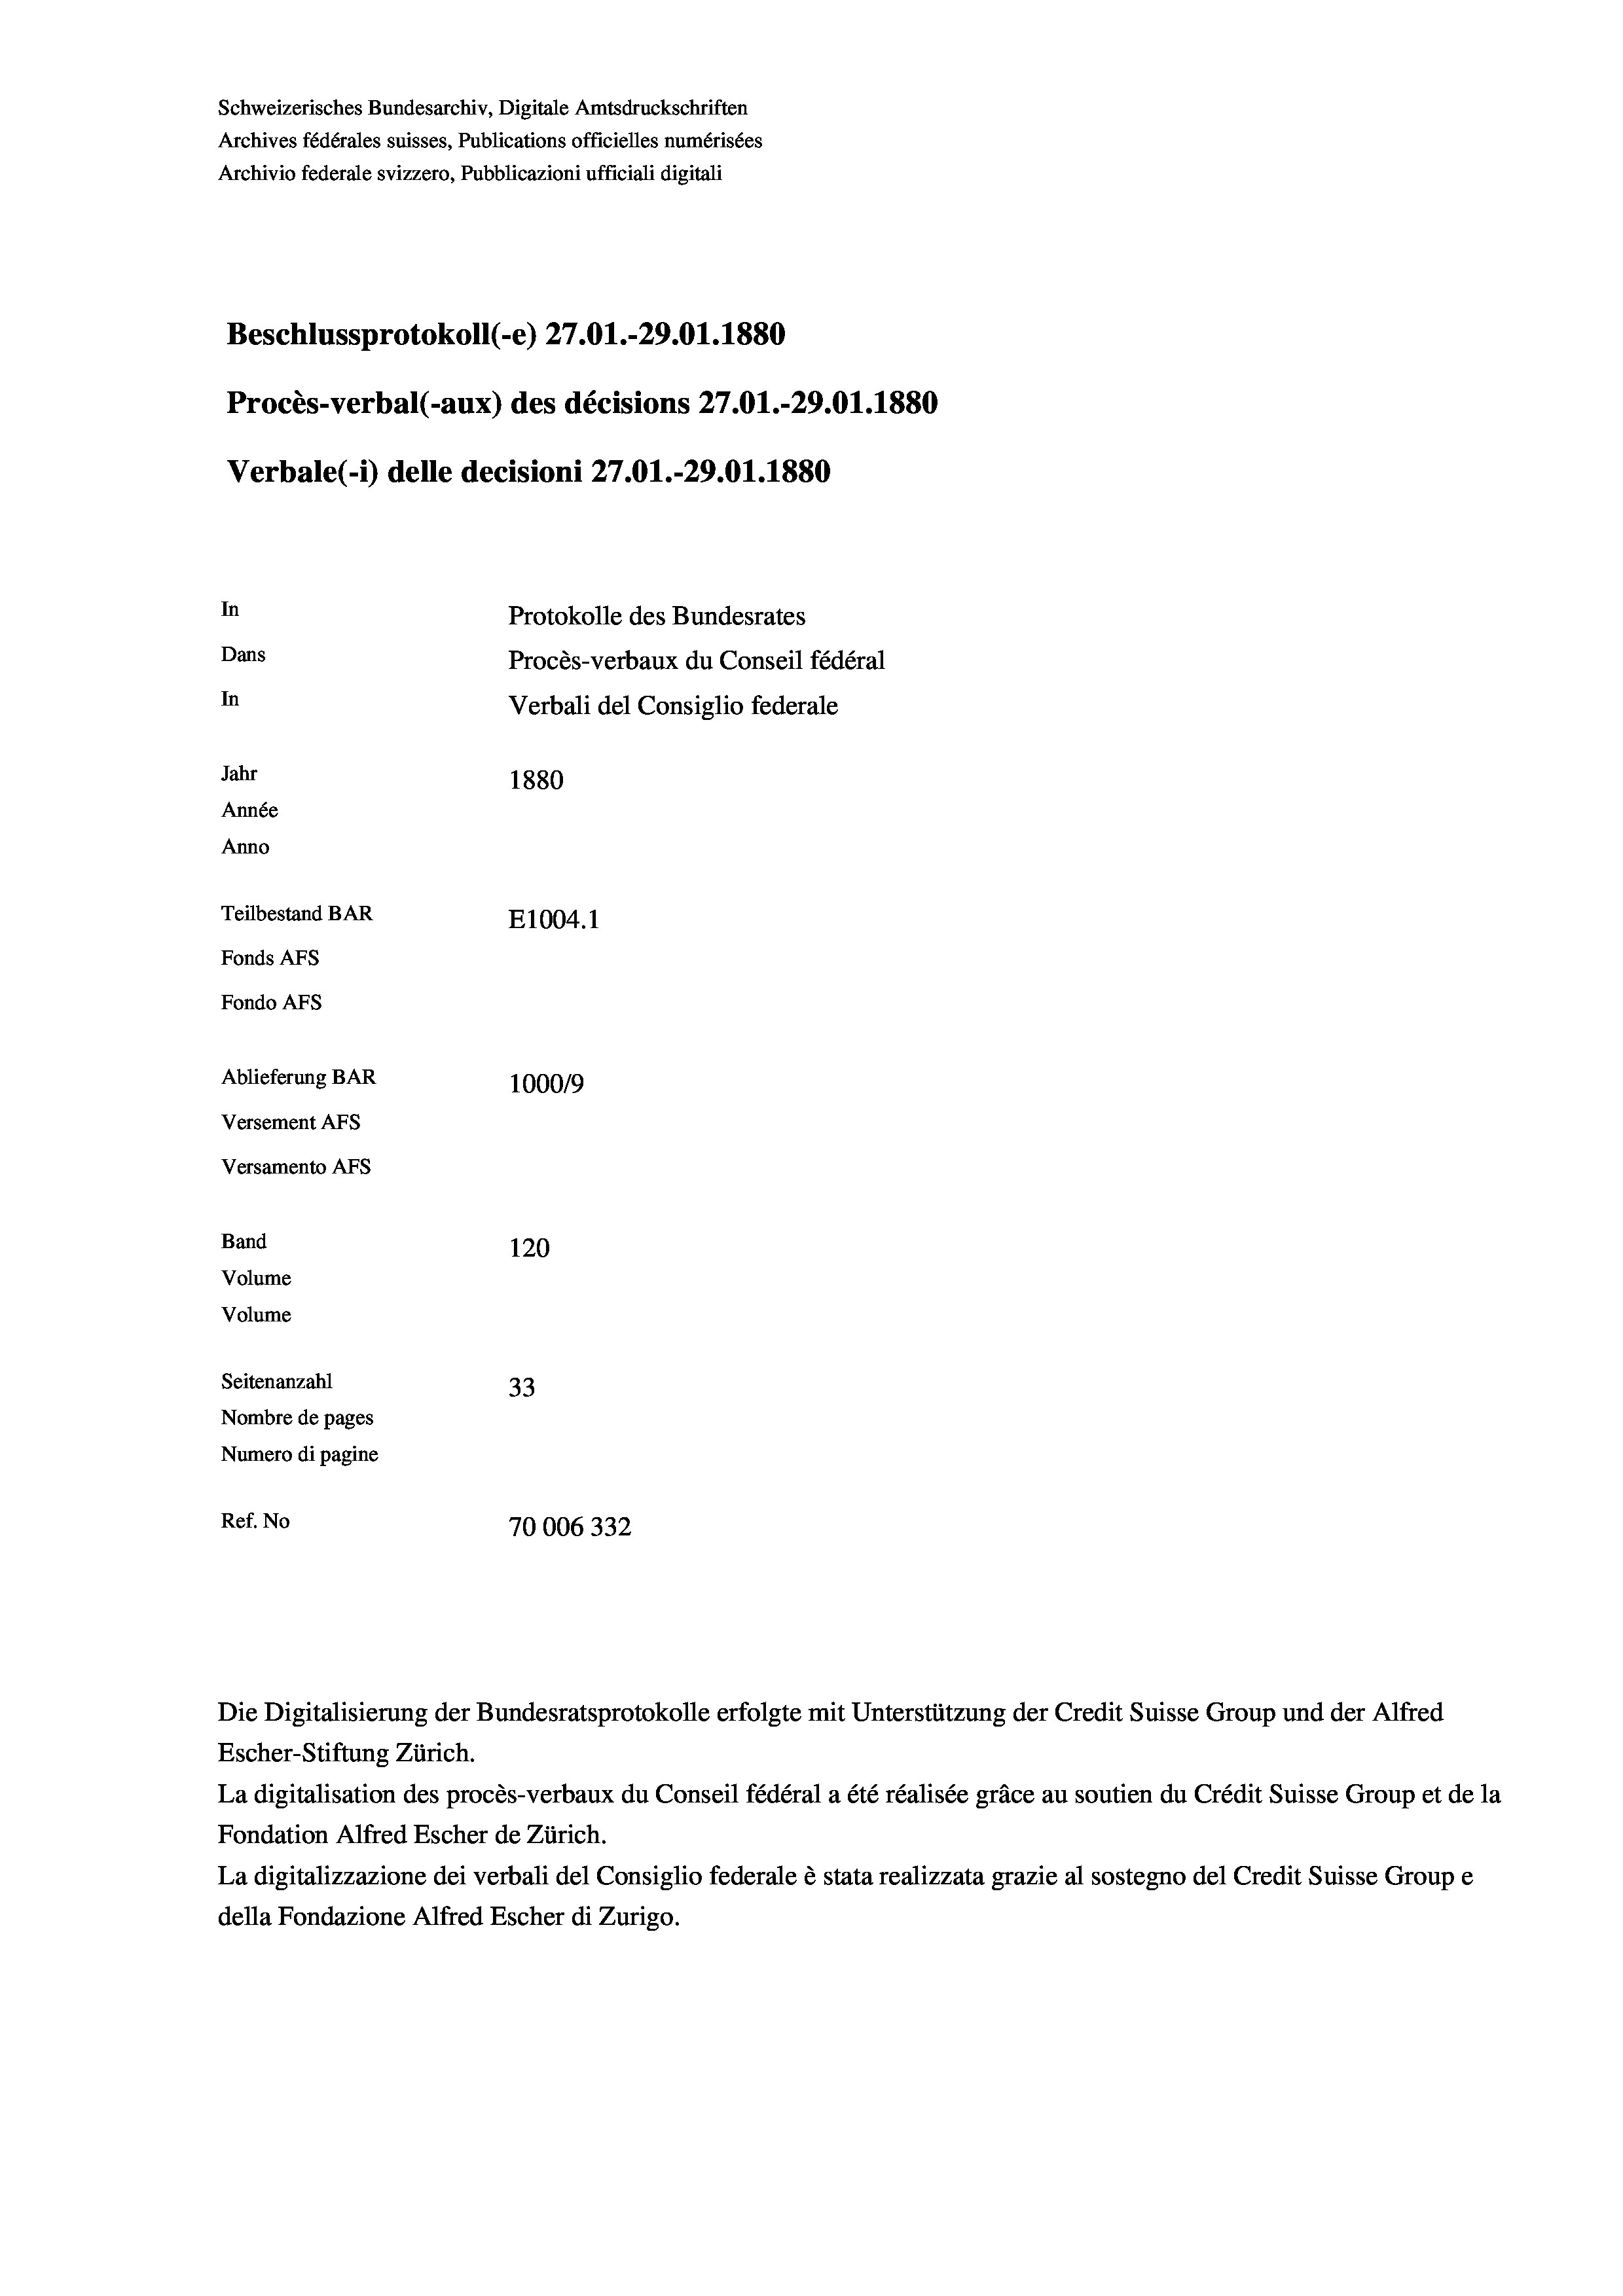
Schweizerisches Bundesarchiv, Digitale Amtsdruckschriften
Archives fédérales suisses, Publications officielles numérisées
Archivio federale svizzero, Pubblicazioni ufficiali digitali
Beschlussprotokoll (-e) 27.01.-29.01. 1880
Procès-verbal (-aux) des décisions 27.01.-29.01.1880
In
Protokolle des Bundesrates
Dans
Procès-verbaux du Conseil fédéral
In
Verbali del Consiglio federale
Jahr
1880
Année
Anno
Teilbestand BAR
E1004.1
Fonds AFs
Fondo Afs
Ablieferung BAR
100019
Versement AFs

Band

Versamento AFs

Volume
Volume

120
Seitenanzahl
33
Nombre de pages
Numero di pagine
Ref. No
70006332

Verbale(-*) delle decisioni 27.01.-29.01.1880

Die Digitalisierung der Bundesratsprotokolle erfolgte mit Unterstützung der Credit Suisse Group und der Alfred
Escher-Stiftung Zürich.
La digitalisation des procès-verbaux du Conseil fédéral a été réalisée gräce au soutien du Crédit Suisse Group et de la
Fondation Alfred Escher de Zürich.
La digitalizzazione dei verbali del Consiglio federale è stata realizzata grazie al sostegno del Credit Suisse Groupe
della Fondazione Alfred Escher di Zurigo.